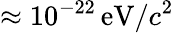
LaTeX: \approx 10^{-22}\, \textrm{eV}/c^{2}